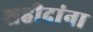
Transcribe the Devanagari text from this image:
शहीदांना